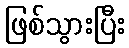
ဖြစ်သွားပြီး